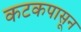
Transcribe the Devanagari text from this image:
कटकपासून